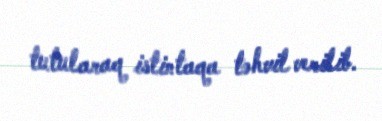
tutularaq istintaqa təhvil verilib.